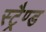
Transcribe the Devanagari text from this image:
स्ट्रैण्ड